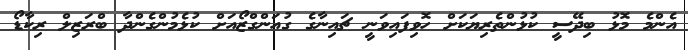
އެންމެ މޮޅު ބިދޭސީ ކުޅުންތެރިޔަކަށް ހޮވިފައިވަނީ ޗައިނާގެ ގުއަންގްޒޯއަށް ކުޅެމުންގެންދާ ބްރަޒިލް ރިކާޑޯ